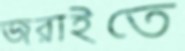
জরাইতে